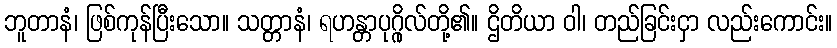
ဘူတာနံ၊ ဖြစ်ကုန်ပြီးသော။ သတ္တာနံ၊ ရဟန္တာပုဂ္ဂိုလ်တို့၏။ ဌိတိယာ ဝါ၊ တည်ခြင်းငှာ လည်းကောင်း။